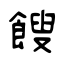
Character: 餿